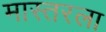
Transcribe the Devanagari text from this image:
मास्तरला